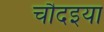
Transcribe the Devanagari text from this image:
चौदइया